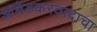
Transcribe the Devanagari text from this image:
आंबेडकरवादाचा